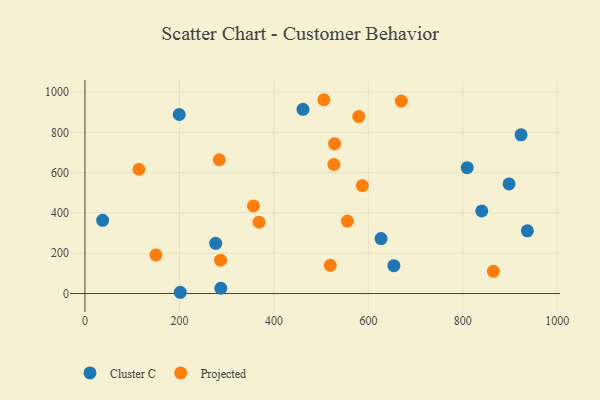
{"axis": {"x": "Investment", "y": "Fuel Efficiency"}, "legend": ["Cluster C", "Projected"], "data": [{"x": "923.2", "y": 787.5, "type": "Cluster C"}, {"x": "936.6", "y": 311.2, "type": "Cluster C"}, {"x": "840.1", "y": 410.1, "type": "Cluster C"}, {"x": "809.2", "y": 624.5, "type": "Cluster C"}, {"x": "897.8", "y": 543.9, "type": "Cluster C"}, {"x": "37.4", "y": 363.0, "type": "Cluster C"}, {"x": "199.6", "y": 888.4, "type": "Cluster C"}, {"x": "276.7", "y": 248.9, "type": "Cluster C"}, {"x": "626.8", "y": 272.8, "type": "Cluster C"}, {"x": "461.6", "y": 914.0, "type": "Cluster C"}, {"x": "201.7", "y": 6.2, "type": "Cluster C"}, {"x": "287.6", "y": 26.1, "type": "Cluster C"}, {"x": "653.9", "y": 138.1, "type": "Cluster C"}, {"x": "287.0", "y": 165.4, "type": "Projected"}, {"x": "669.6", "y": 955.1, "type": "Projected"}, {"x": "284.3", "y": 663.9, "type": "Projected"}, {"x": "864.6", "y": 110.1, "type": "Projected"}, {"x": "356.7", "y": 434.7, "type": "Projected"}, {"x": "528.5", "y": 743.8, "type": "Projected"}, {"x": "150.2", "y": 191.4, "type": "Projected"}, {"x": "368.6", "y": 354.3, "type": "Projected"}, {"x": "579.5", "y": 877.9, "type": "Projected"}, {"x": "114.3", "y": 616.6, "type": "Projected"}, {"x": "555.5", "y": 359.7, "type": "Projected"}, {"x": "527.0", "y": 640.8, "type": "Projected"}, {"x": "519.4", "y": 139.9, "type": "Projected"}, {"x": "505.8", "y": 961.7, "type": "Projected"}, {"x": "587.2", "y": 535.7, "type": "Projected"}]}